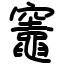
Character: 竈